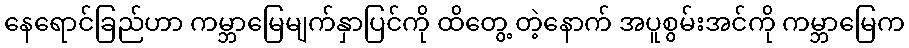
နေရောင်ခြည်ဟာ ကမ္ဘာမြေမျက်နှာပြင်ကို ထိတွေ့ တဲ့နောက် အပူစွမ်းအင်ကို ကမ္ဘာမြေက